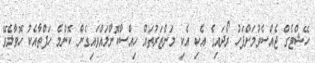
ހޭޝްޓެގް ޖެއްސެވުމަށްފަހު ރޯދައިގެ އެކި އެކި މަންޒަރުތައް ހިއްސާކޮށްލައްވައިގެން ކޮންމެ ހަފްތާއެކު ހޮވާލެވޭ